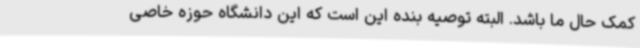
کمک حال ما باشد. البته توصیه بنده این است که این دانشگاه حوزه خاصی